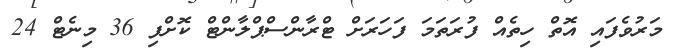
މަރުވެފައި އޮތް ހިތެއް ފުރަތަމަ ފަހަރަށް ޓްރާންސްޕްލާންޓް ކޮށްފި 36 މިނެޓް 24